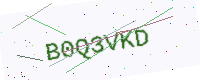
Text: B0Q3VKD